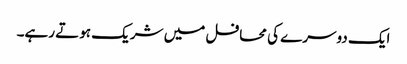
ایک دوسرے کی محافل میں شریک ہوتے رہے۔